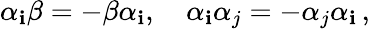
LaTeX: \alpha_{\mathbf{i}}\beta=-\beta\alpha_{\mathbf{i}},\quad\alpha_{\mathbf{i}}\alpha_{j}=-\alpha_{j}\alpha_{\mathbf{i}}\, ,